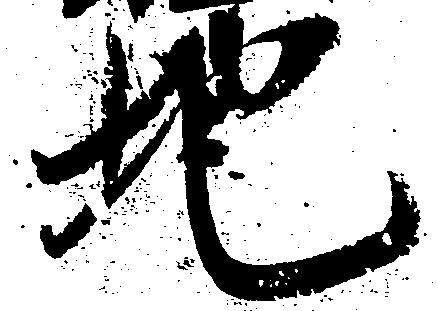
地